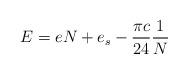
LaTeX: \begin{align*}E = e N + e_s -\frac{\pi c}{24} \frac{1}{N} \end{align*}